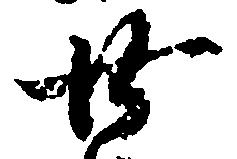
廿